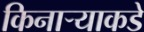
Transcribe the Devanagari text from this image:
किनाऱ्याकडे